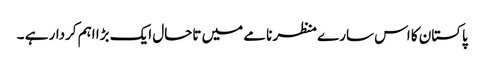
پاکستان کا اس سارے منظر نامے میں تاحال ایک بڑا اہم کردار ہے ۔